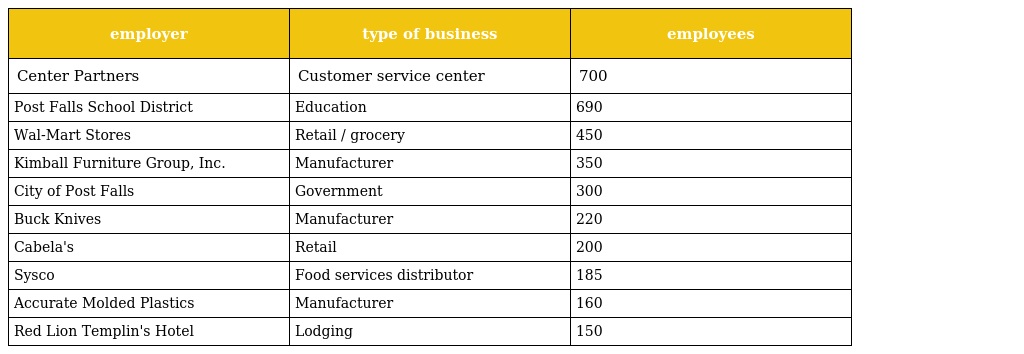
| employer | type of business | employees |
 | --- | --- | --- |
 | Center Partners | Customer service center | 700 |
 | Post Falls School District | Education | 690 |
 | Wal-Mart Stores | Retail / grocery | 450 |
 | Kimball Furniture Group, Inc. | Manufacturer | 350 |
 | City of Post Falls | Government | 300 |
 | Buck Knives | Manufacturer | 220 |
 | Cabela's | Retail | 200 |
 | Sysco | Food services distributor | 185 |
 | Accurate Molded Plastics | Manufacturer | 160 |
 | Red Lion Templin's Hotel | Lodging | 150 |